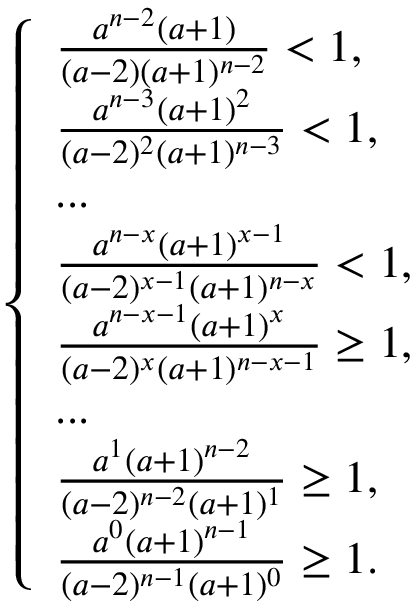
\left\{ \begin{array} { l l } { \frac { a ^ { n - 2 } ( a + 1 ) } { ( a - 2 ) ( a + 1 ) ^ { n - 2 } } < 1 , } \\ { \frac { a ^ { n - 3 } ( a + 1 ) ^ { 2 } } { ( a - 2 ) ^ { 2 } ( a + 1 ) ^ { n - 3 } } < 1 , } \\ { . . . } \\ { \frac { a ^ { n - x } ( a + 1 ) ^ { x - 1 } } { ( a - 2 ) ^ { x - 1 } ( a + 1 ) ^ { n - x } } < 1 , } \\ { \frac { a ^ { n - x - 1 } ( a + 1 ) ^ { x } } { ( a - 2 ) ^ { x } ( a + 1 ) ^ { n - x - 1 } } \geq 1 , } \\ { . . . } \\ { \frac { a ^ { 1 } ( a + 1 ) ^ { n - 2 } } { ( a - 2 ) ^ { n - 2 } ( a + 1 ) ^ { 1 } } \geq 1 , } \\ { \frac { a ^ { 0 } ( a + 1 ) ^ { n - 1 } } { ( a - 2 ) ^ { n - 1 } ( a + 1 ) ^ { 0 } } \geq 1 . } \end{array} \right.